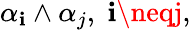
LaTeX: \alpha_{\mathbf{i}}\wedge\alpha_{j},\; \mathbf{i}\neqj,